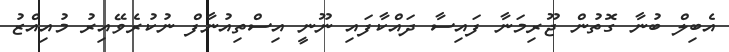
އެބިލް ބުނާ ގޮތުން ޖޫރިމަނާ ފައިސާ ދައްކާފައި ނޫނީ އިސްތިއުނާފް ނުކުރެވޭއިރު މުއިއްޒު